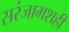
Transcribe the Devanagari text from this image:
सरंजामशही